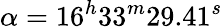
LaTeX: \alpha=16^{h}33^{m}29.41^{s}